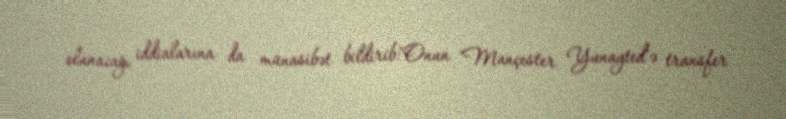
olunacağı iddialarına da münasibət bildirib:"Onun "Mançester Yunayted"ə transfer